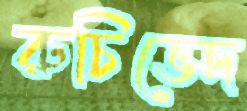
রুচিভেদ